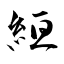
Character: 絙